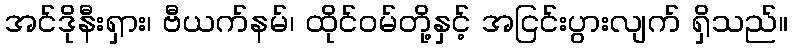
အင်ဒိုနီးရှား၊ ဗီယက်နမ်၊ ထိုင်ဝမ်တို့နှင့် အငြင်းပွားလျက် ရှိသည်။